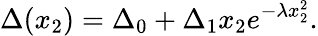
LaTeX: \Delta(x_{2})=\Delta_{0}+\Delta_{1}x_{2}e^{-\lambda x_{2}^{2}}.